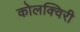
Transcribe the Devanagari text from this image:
कोलक्विरी